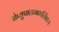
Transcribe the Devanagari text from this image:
गोप्युपालम्भभर्त्सितः।